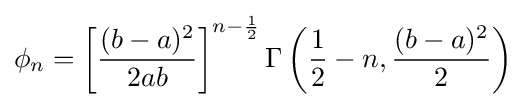
\phi _{n}=\left[{\frac {(b-a)^{2}}{2ab}}\right]^{n-{\frac {1}{2}}}\Gamma \left({\frac {1}{2}}-n,{\frac {(b-a)^{2}}{2}}\right)